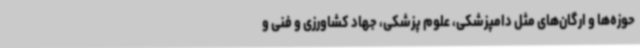
حوزه‌ها و ارگان‌های مثل دامپزشکی، علوم پزشکی، جهاد کشاورزی و فنی و